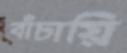
বাঁচায়ি